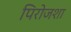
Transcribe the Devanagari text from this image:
पिरोजशा